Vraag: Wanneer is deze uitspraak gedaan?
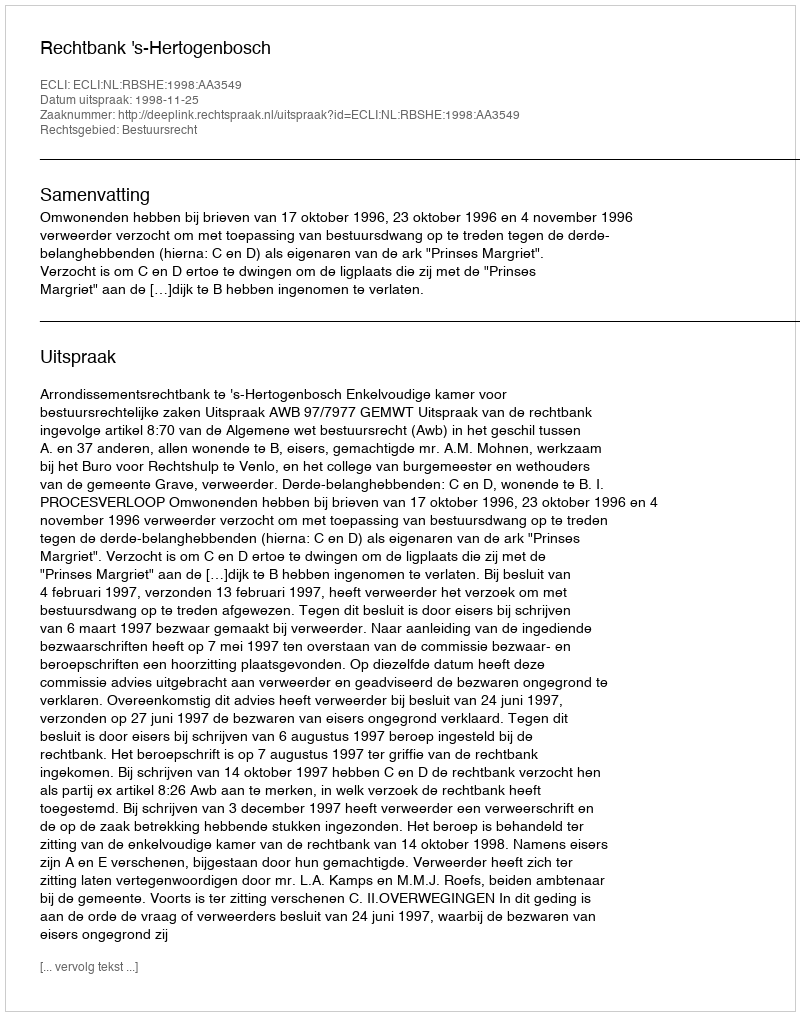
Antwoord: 1998-11-25